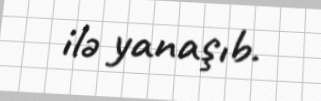
ilə yanaşıb.